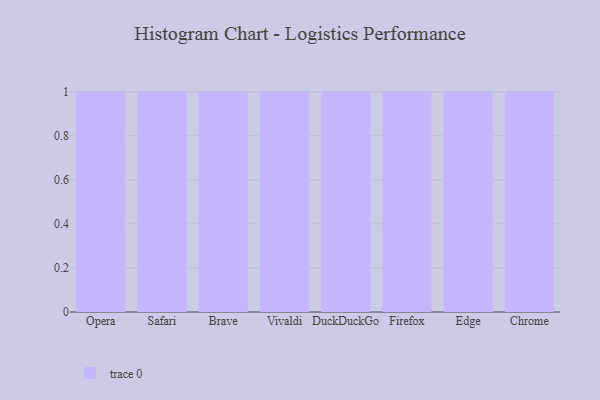
{"axis": {"x": "Browser", "y": "Humidity (%)"}, "legend": [""], "data": [{"x": "Opera", "y": 20, "type": ""}, {"x": "Safari", "y": 62, "type": ""}, {"x": "Brave", "y": 70, "type": ""}, {"x": "Vivaldi", "y": 55, "type": ""}, {"x": "DuckDuckGo", "y": 17, "type": ""}, {"x": "Firefox", "y": 69, "type": ""}, {"x": "Edge", "y": 58, "type": ""}, {"x": "Chrome", "y": 92, "type": ""}]}